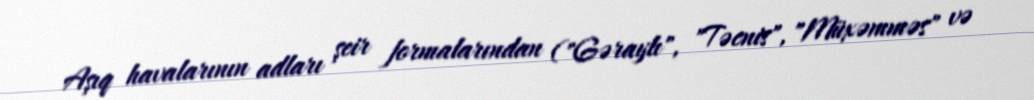
Aşıq havalarının adları şeir formalarından ("Gəraylı", "Təcnis", "Müxəmməs" və